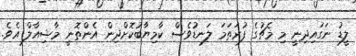
ލީޑު ނަގައިދިނީ މި މެޗުގެ ފުރަތަމަ ލަނޑުވެސް ކާމިޔާބުކޮށްދިން އެންތޮނީ މާޝިއާލް އެވެ.